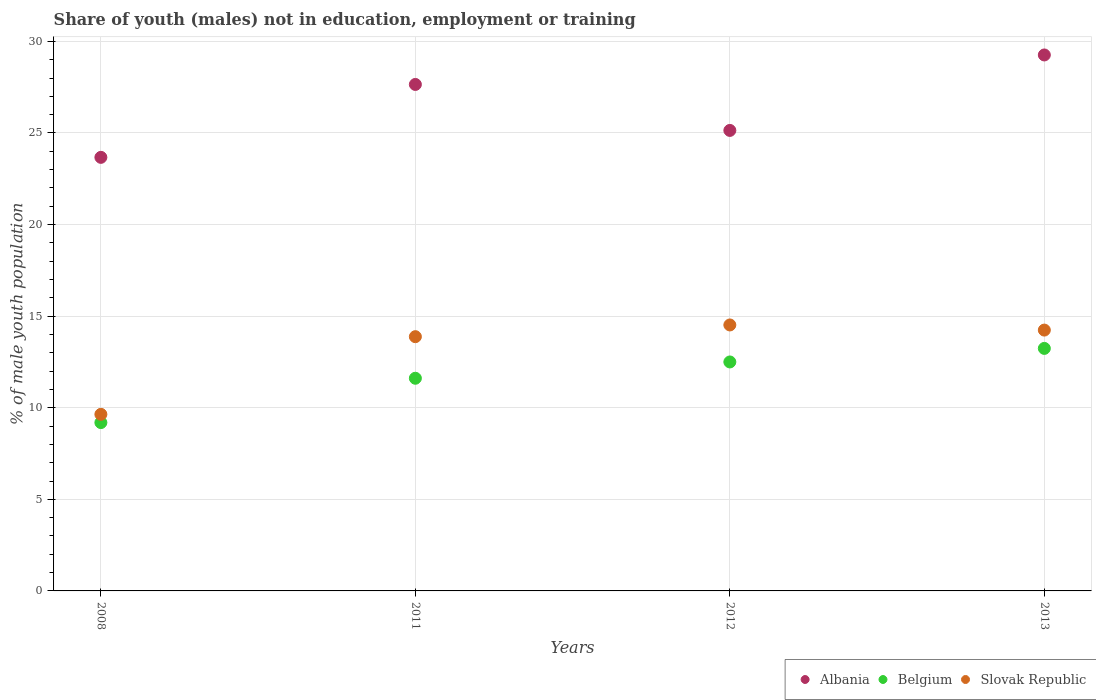
| Years | Albania | Belgium | Slovak Republic |
 | --- | --- | --- | --- |
 | 2008 | 23.7 | 9.19 | 9.64 |
 | 2011 | 27.6 | 11.6 | 13.9 |
 | 2012 | 25.1 | 12.5 | 14.5 |
 | 2013 | 29.3 | 13.2 | 14.2 |